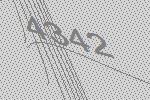
4342